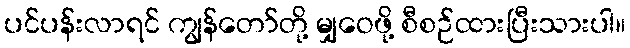
ပင်ပန်းလာရင် ကျွန်တော်တို့ မျှဝေဖို့ စီစဉ်ထားပြီးသားပါ။